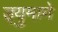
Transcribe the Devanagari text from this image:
ड्युमाने